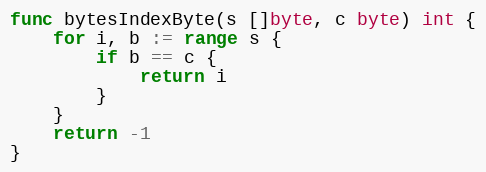
Language: Go
func bytesIndexByte(s []byte, c byte) int {
	for i, b := range s {
		if b == c {
			return i
		}
	}
	return -1
}